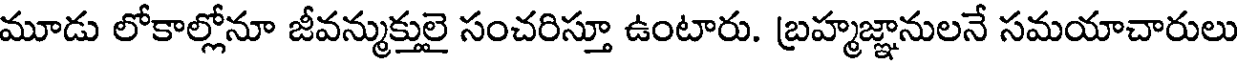
మూడు లోకాల్లోనూ జీవన్ముక్తులై సంచరిస్తూ ఉంటారు. బ్రహ్మజ్ఞానులనే సమయాచారులు